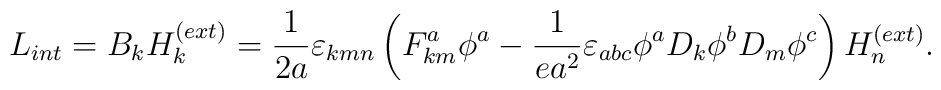
L_{int} = B_k H_k^{(ext)} = \frac{1}{2a}\varepsilon _{kmn}\left( F_{km}^a \phi ^a- \frac {1}{ea^2}\varepsilon _{abc}\phi ^a  D_k \phi ^b   D_m \phi ^c\right) H_n^{(ext)}.